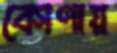
কোণায়